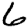
Digit: 6